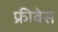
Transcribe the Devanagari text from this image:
फ्रीवेस